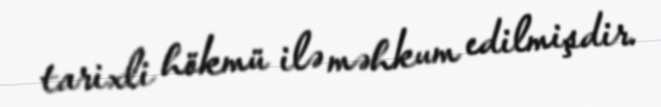
tarixli hökmü ilə məhkum edilmişdir.